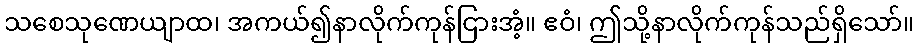
သစေသုဏေယျာထ၊ အကယ်၍နာလိုက်ကုန်ငြားအံ့။ ဧဝံ၊ ဤသို့နာလိုက်ကုန်သည်ရှိသော်။